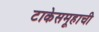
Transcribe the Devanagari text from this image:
टाकेसमूहाची